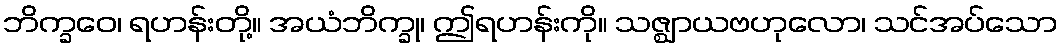
ဘိက္ခဝေ၊ ရဟန်းတို့။ အယံဘိက္ခု၊ ဤရဟန်းကို။ သဇ္ဈာယဗဟုလော၊ သင်အပ်သော